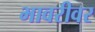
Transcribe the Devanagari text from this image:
भावरीवर